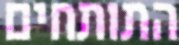
התותחים